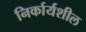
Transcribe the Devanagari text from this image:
निर्कार्यशील